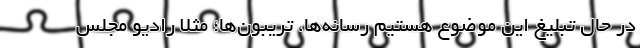
در حال تبلیغ این موضوع هستیم رسانه‌ها، تریبون‌ها؛ مثلا رادیو مجلس